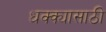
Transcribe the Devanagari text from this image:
धक्क्यासाठी